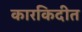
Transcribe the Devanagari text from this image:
कारकिदीत